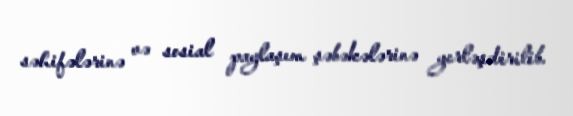
səhifələrinə və sosial paylaşım şəbəkələrinə yerləşdirilib.